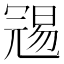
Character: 𠖞